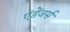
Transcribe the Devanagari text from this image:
एंडेंजर्स